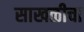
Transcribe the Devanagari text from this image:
साखळीचा